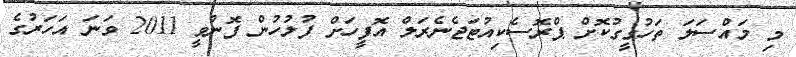
މި މައްސަލަ ތަހުގީގުކޮށް ޕްރޮސެކިއުޓަޖެނެރަލް އޮފީހަށް ފުލުހުން ފޮނުވީ 2011 ވަނަ އަހަރުގެ